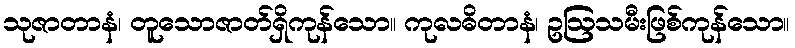
သုဇာတာနံ၊ တူသောဇာတ်ရှိကုန်သော။ ကုလဓိတာနံ၊ ဥဩသမီးဖြစ်ကုန်သော။